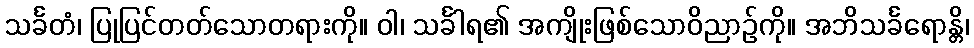
သင်္ခတံ၊ ပြုပြင်တတ်သောတရားကို။ ဝါ၊ သင်္ခါရ၏ အကျိုးဖြစ်သောဝိညာဉ်ကို။ အဘိသင်္ခရောန္တိ၊